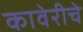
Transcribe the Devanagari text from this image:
कावेरीचे